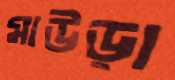
মাউড়া